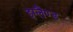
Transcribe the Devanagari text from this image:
इग्लैंण्ड